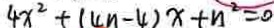
4 x ^ { 2 } + ( 4 n - 4 ) x + n ^ { 2 } = 0